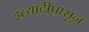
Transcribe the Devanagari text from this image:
इत्यादीपासून